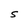
Character: S